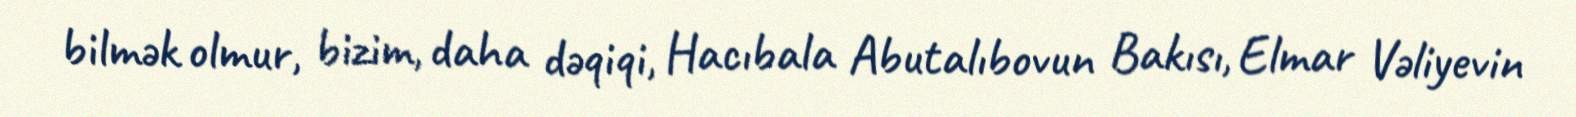
bilmək olmur, bizim, daha dəqiqi, Hacıbala Abutalıbovun Bakısı, Elmar Vəliyevin